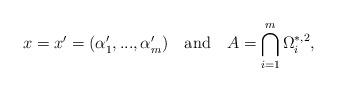
LaTeX: \begin{align*}x=x'=(\alpha_1',...,\alpha_m')\ \ \ \mbox{and} \ \ \ A=\bigcap\limits_{i=1}^m\Omega_i^{*,2},\end{align*}